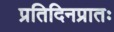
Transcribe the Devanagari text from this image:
प्रतिदिनप्रातः